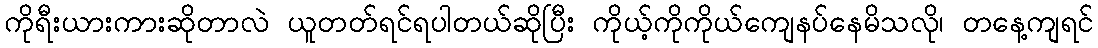
ကိုရီးယားကားဆိုတာလဲ ယူတတ်ရင်ရပါတယ်ဆိုပြီး ကိုယ့်ကိုကိုယ်ကျေနပ်နေမိသလို၊ တနေ့ကျရင်